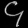
Digit: ၄